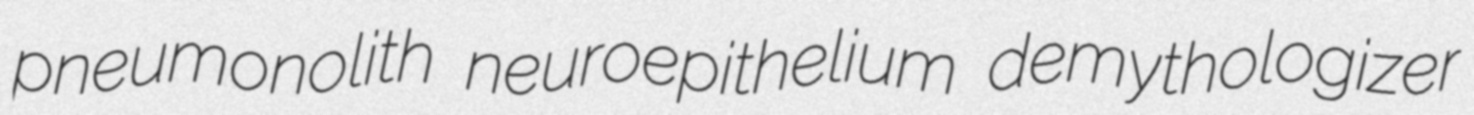
pneumonolith neuroepithelium demythologizer